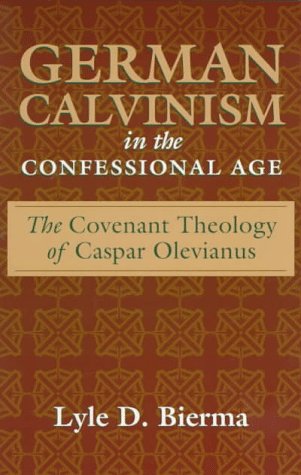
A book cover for German Calvinism in the Confessional Age: The Covenant Theology of Caspar Olevianus; Lyle D. Bierma; Christian Books & Bibles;